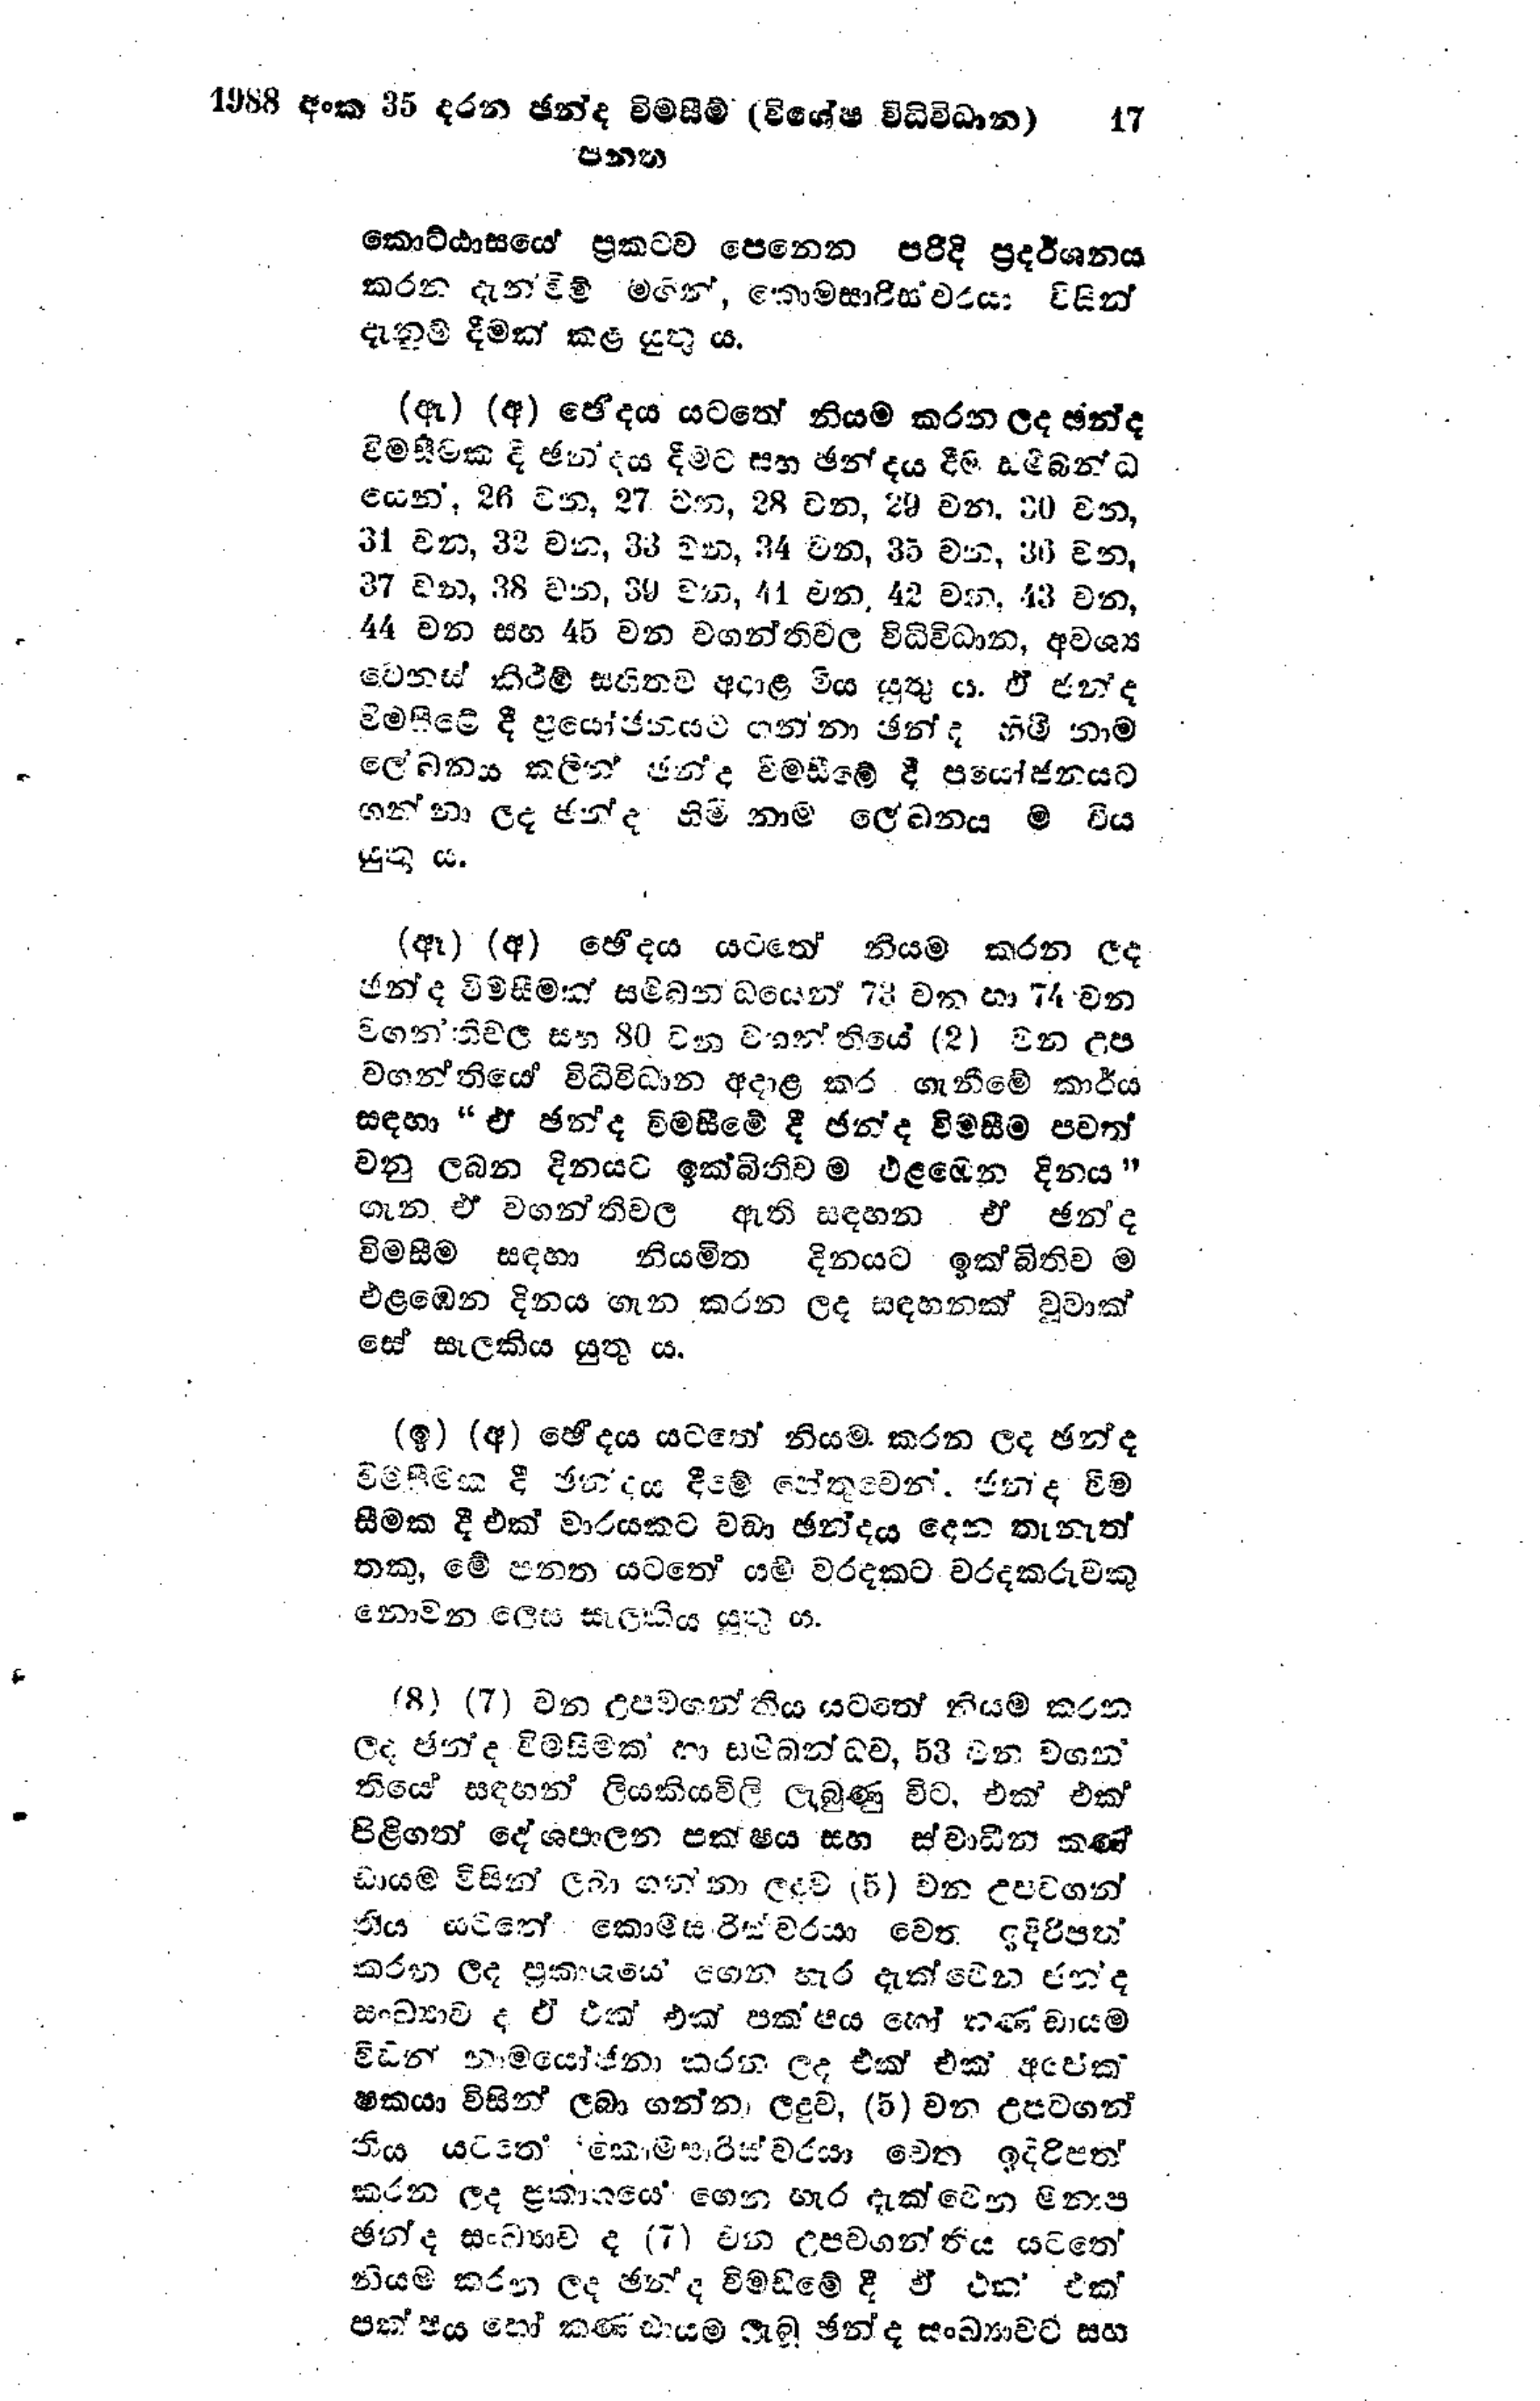
1988 අංක 35 දරන ඡන්ද විමසීම් (විශේෂ විධිවිධාන) 17
පහන

කොට්ඨාසයේ ප්‍රකටව පෙනෙන පරිදි ප්‍රදර්ශනය
කරන දැන්වීම් මඟින්, කොමසාරිස්වරයා විසින්
දැනුම් දීමක් කළ යුතු ය.

(ඇ) (අ) ඡේදය යටතේ නියම කරන ලද ඡන්ද
විමසීමක දී ඡන්දය දීමට සහ ඡන්දය දීම සම්බන්ධ
යෙන්. 26 වන, 27 වන, 28 වන, 29 වන. 30 වන,
31 වන, 32 වන, 33 වන, 34 වන, 35 වන, 36 වන
37 වන, 38 වන, 39 වන, 41 වන, 42 වන, 43 වන,
44 වන සහ 45 වන වගන්තිවල විධිවිධාන, අවශ්‍ය
වෙනස් කිරීම් සහිතව අදාළ විය යුතුය. ඒ ජන්ද
විමසීමේ දී ප්‍රයෝජනයට ගන්නා ඡන්ද හිමි නාම
ලේඛනය කලින් ඡන්ද විමසීමේ දී ප්‍රයෝජනයට
ගන්නා ලද ඡන්ද හිමි නාම ලේඛනය ම විය
යුතු ය.

(ඈ) (අ) ඡේදය යටතේ නියම කරන ලද
ඡන්ද විමසීමක් සම්බනධයෙන් 73 වන හා 74 වන
වගන්ති වල සහ 80 වන වගන්තියේ (2) වන උප
වගන්තියේ විධිවිධාන අදාළ කර ගැනීමේ කාර්ය
සඳහා "ඒ ඡන්ද විමසීමේදී ජන්ද විමසීම පවත්
වනු ලබන දිනයට ඉක්බිතිව එළඹෙන දිනය "
ගැන ඒ වගන්තිවල ඇති සඳහන ඒ ඡන්ද
විමසීම සඳහා නියමිත දිනයට ඉක්බිතිව ම
එළඹෙන දිනය ගැන කරන ලද සඳහනක් වූවාක්
සේ සැලකිය යුතු ය.

(ඉ) (අ) ඡේදය යටතේ නියම කරන ලද ඡන්ද
විමසීමික දී ඡන්දය දීමේ හේතුවෙන්, ඡන්ද වීම
සීමක දී එක් වාරයකට වඩා ඡන්දය දෙන තැනැත්
තකු, මේ පනත යටතේ යම් වරදකට වරදකරුවකු
නොවන ලෙස සැලකිය යුතු ය.

(8) (7) වන උපවගන්තිය යටතේ නියම කරන
ලද ඡන්ද විමසීමක හා සම්බන්ධව, 53 වන වගන්
තියේ සඳහන් ලියකියවිලි ලැබුණු විට, එක් එක්
පිළිගත් දේශපාලන පක්ෂය සහ ස්වාධීන කණ්
ඩායම විසින් ලබා ගන්නා ලදුව (5) වන උපවගන්
තිය යටතේ කොමසාරිස්වරයා වෙත ඉදිරිපත්
කරන ලද ප්‍රකාශයේ ගන හැර දැක්වෙන ජන්ද
සංඛ්‍යාව ද ඒ එක් එක් පක්ෂය හෝ කණ්ඩායම
විසින් නාමයෝජනා කරන ලද එක් එක් අපේක
ෂකයා විසින් ලබා ගන්නා ලදුව, (5) වන උපවගන්
තිය යටතේ කොමසාරිස්වරයා වෙත ඉදිරිපත්
කරන ලද ප්‍රකාශයේ ගෙන හැර දැක් වෙන මනාප
ඡන්ද සංඛ්‍යාව ද (7) වන උපවගන්තිය යටතේ
නියම කරන ලද ඡන්ද විමසීමේ දී ඒ එක එක්
පක්ෂය හෝ කණ්ඩායම ලැබූ ඡන්ද සංඛ්‍යාවට සහ